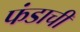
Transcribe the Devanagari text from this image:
फंडाची